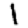
Digit: 1